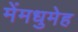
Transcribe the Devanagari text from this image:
मेंमधुमेह